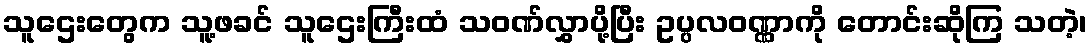
သူဌေးတွေက သူ့ဖခင် သူဌေးကြီးထံ သဝဏ်လွှာပို့ပြီး ဥပ္ပလဝဏ္ဏာကို တောင်းဆိုကြ သတဲ့၊